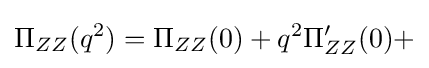
\Pi _{ZZ}(q^{2})=\Pi _{ZZ}(0)+q^{2}\Pi _{ZZ}^{\prime }(0)+